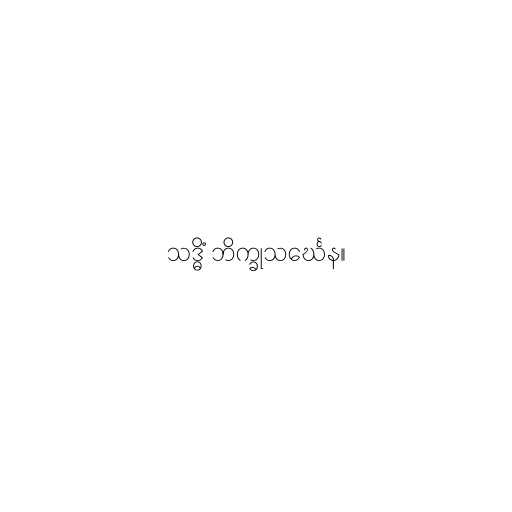
သဒ္ဓိံ ဘိက္ခုသင်္ဃေန။